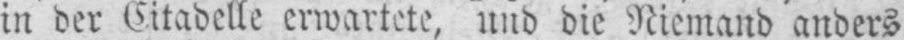
in der Citadelle erwartete, und die Niemand anders